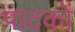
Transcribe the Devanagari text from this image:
पाटकों